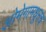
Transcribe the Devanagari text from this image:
ओमेगामधूनच